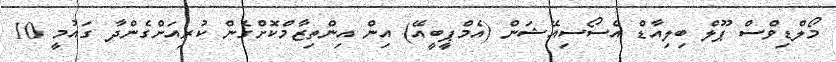
މޯލްޑިވްސް ޕޫލް ބިލިއާޑް އެސޯސިއޭޝަން (އެމްޕީބީއޭ) އިން އިންތިޒާމްކޮށްގެން ކުރިއަށްގެންދާ ގައުމީ 10